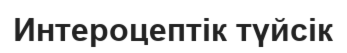
Интероцептік түйсік